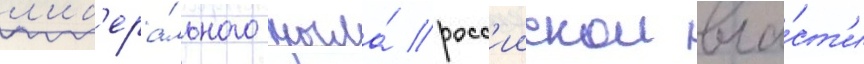
л'иб'ера́льного крыла́ росс'иискои вла́ст'и